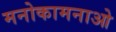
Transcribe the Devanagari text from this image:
मनोकामनाओ